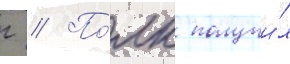
г // По́лк получи́л